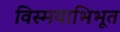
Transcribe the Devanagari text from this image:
विस्मयाभिभूत